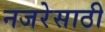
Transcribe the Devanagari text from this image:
नजरेसाठी